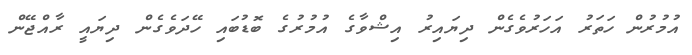
އުމުރުން ހަތަރު އަހަރުވެގެން ދިޔައިރު އިޝްވާގެ އުމުރުގެ ބޮޑުބައި ހޭދަވެގެން ދިޔައީ ރާއްޖޭން